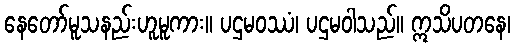
နေတော်မူသနည်းဟူမူကား။ ပဌမဝဿံ၊ ပဌမဝါသည်။ ဣသိပတနေ၊